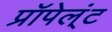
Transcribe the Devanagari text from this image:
प्रॉपेल्ंट